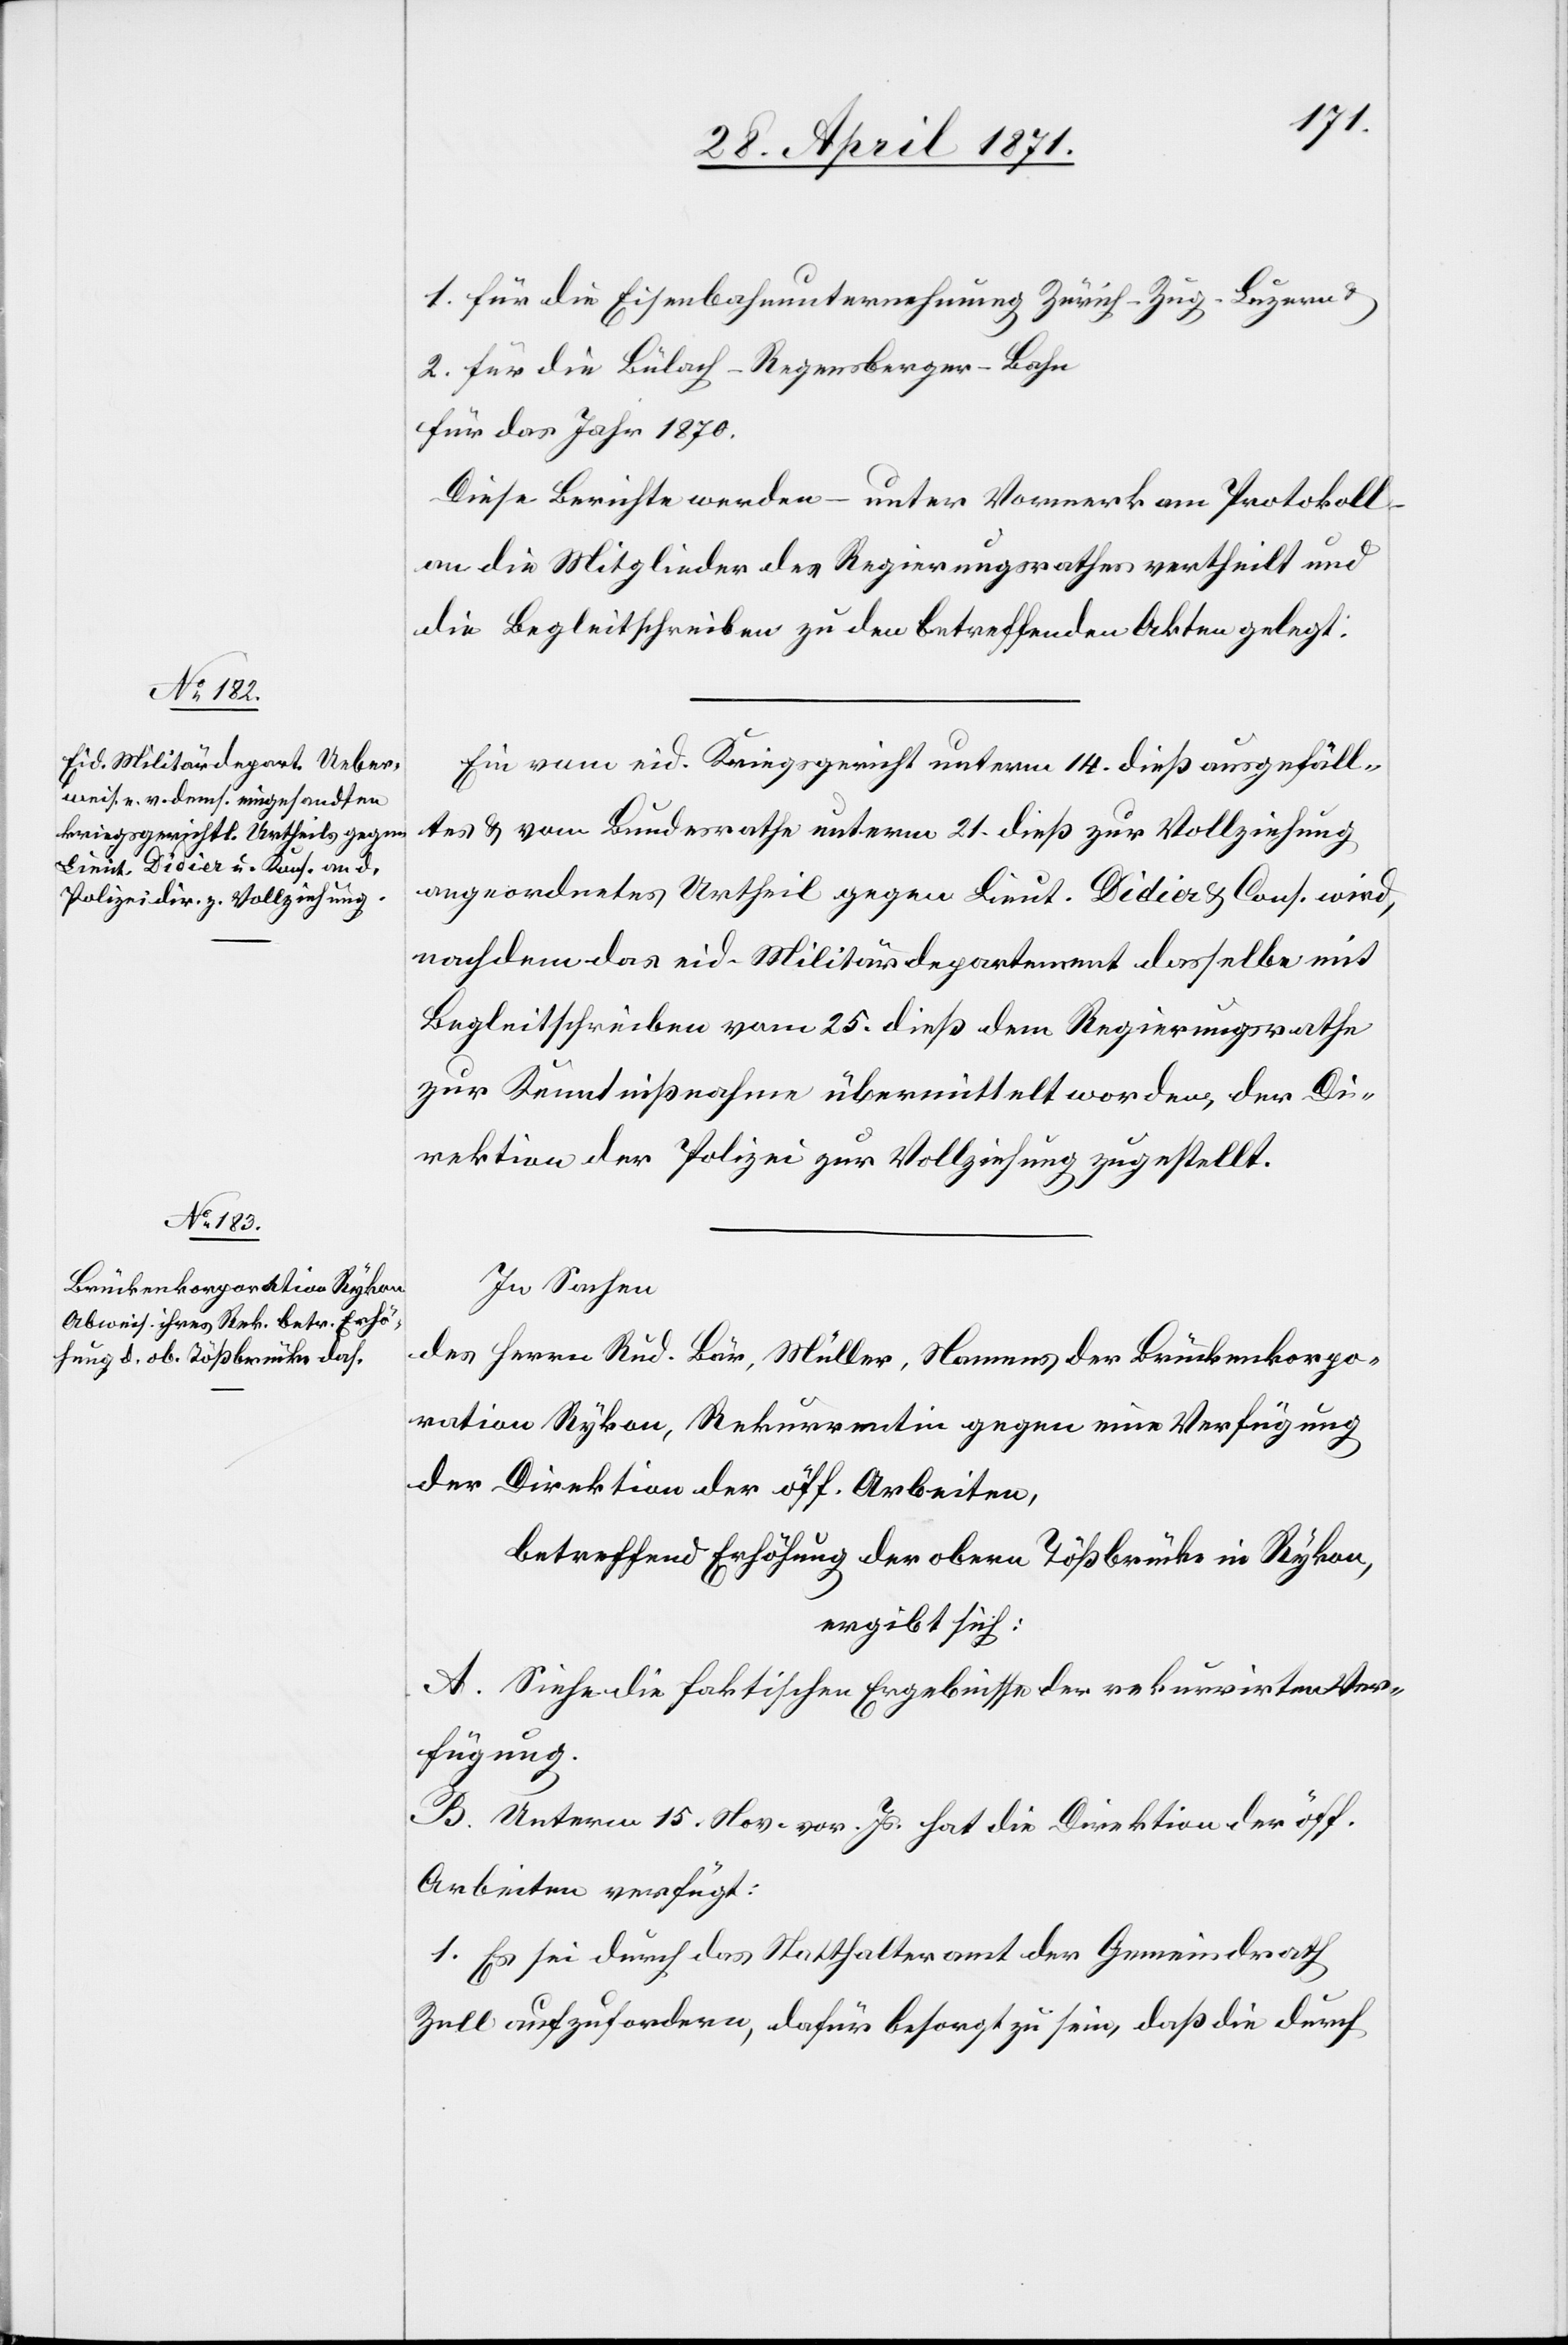
1. für die Eisenbahnunternehmung Zürich-Zug-Luzern
2. für die Bülach-Regensberger-Bahn
für das Jahr 1870.
Diese Berichte werden – unter Vormerk am Protokoll
an die Mitglieder des Regierungsrathes vertheilt und
die Begleitschreiben zu den betreffenden Akten gelegt.
Ein vom eid. Kriegsgericht unterm 14. dieß ausgefäll¬
tes u. vom Bundesrathe unterm 21. dieß zur Vollziehung
angeordnetes Urtheil gegen Lieut. Didier u. Cons. wird,
nachdem das eid. Militärdepartement dasselbe mit
Begleitschreiben vom 25. dieß dem Regierungsrathe
zur Kenntnißnahme übermittelt worden [sic!], der Di¬
rektion der Polizei zur Vollziehung zugestellt.
In Sachen
des Herrn Rud. Bär, Müller, Namens der Brückenkorpo¬
ration Rykon, Rekurrentin gegen eine Verfügung
der Direktion der öff. Arbeiten,
betreffend Erhöhung der obern Tößbrücke in Rykon,
ergibt sich:
A. Siehe die faktischen Ergebnisse der rekurrirten Ver¬
fügung.
B. Unterm 15. Nov. vor. Js. hat die Direktion der öff.
Arbeiten verfügt:
1. Es sei durch das Statthalteramt der Gemeindrath
Zell aufzufordern, dafür besorgt zu sein, daß die durch